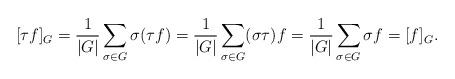
LaTeX: \begin{align*}[\tau f]_{G} & = \frac{1}{|G|} \sum_{\sigma \in G} \sigma(\tau f) = \frac{1}{|G|} \sum_{\sigma \in G} (\sigma\tau )f = \frac{1}{|G|} \sum_{\sigma \in G} \sigma f = [ f]_{G}.\end{align*}